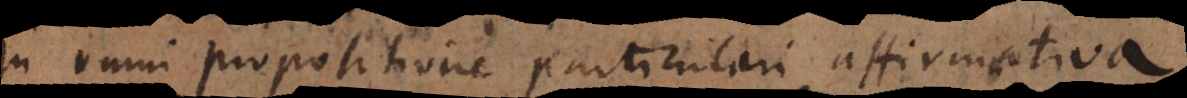
In omni propositione particulari affirmativa